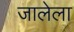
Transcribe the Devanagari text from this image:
जालेला